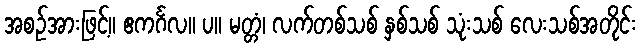
အစဉ်အားဖြင့်။ ဧကင်္ဂလ။ ပ။ မတ္တံ၊ လက်တစ်သစ် နှစ်သစ် သုံးသစ် လေးသစ်အတိုင်း